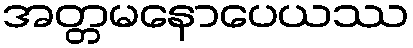
အတ္တမနောပေယဿ